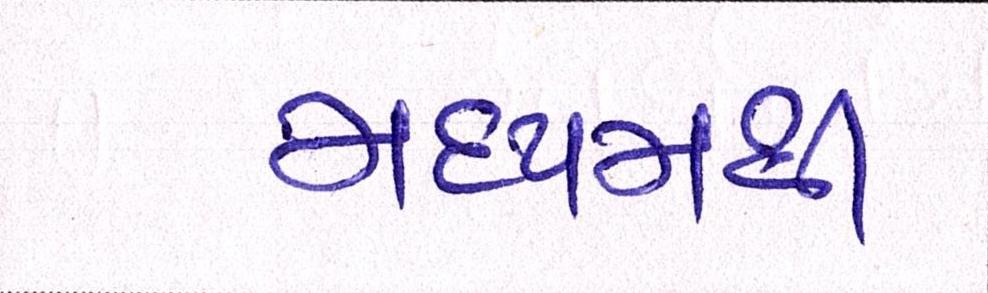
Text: મધ્યમથી